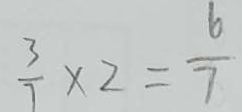
\frac { 3 } { 7 } \times 2 = \frac { 6 } { 7 }